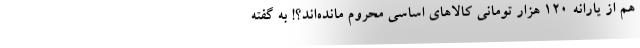
هم از یارانه ۱۲۰ هزار تومانی کالاهای اساسی محروم مانده‌اند؟! به گفته